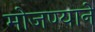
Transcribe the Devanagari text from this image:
मोजण्याने